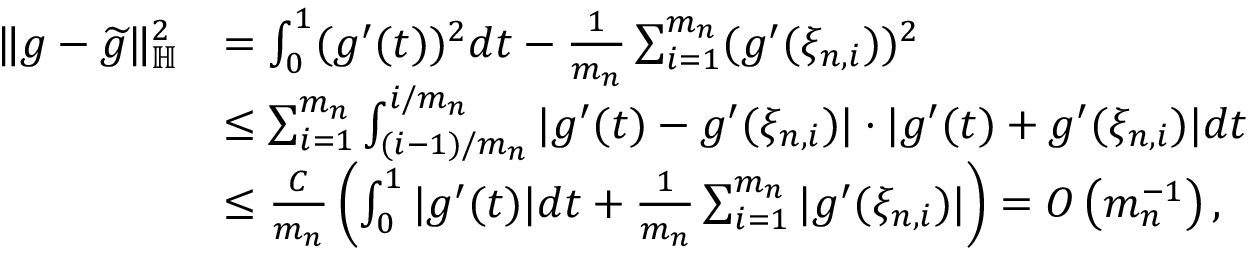
\begin{array} { r l } { \| g - \widetilde g \| _ { \mathbb H } ^ { 2 } } & { = \int _ { 0 } ^ { 1 } ( g ^ { \prime } ( t ) ) ^ { 2 } d t - \frac { 1 } { m _ { n } } \sum _ { i = 1 } ^ { m _ { n } } ( g ^ { \prime } ( \xi _ { n , i } ) ) ^ { 2 } } \\ & { \le \sum _ { i = 1 } ^ { m _ { n } } \int _ { ( i - 1 ) / m _ { n } } ^ { i / m _ { n } } | g ^ { \prime } ( t ) - g ^ { \prime } ( \xi _ { n , i } ) | \cdot | g ^ { \prime } ( t ) + g ^ { \prime } ( \xi _ { n , i } ) | d t } \\ & { \le \frac { C } { m _ { n } } \left( \int _ { 0 } ^ { 1 } | g ^ { \prime } ( t ) | d t + \frac { 1 } { m _ { n } } \sum _ { i = 1 } ^ { m _ { n } } | g ^ { \prime } ( \xi _ { n , i } ) | \right) = { \cal O } \left( m _ { n } ^ { - 1 } \right) , } \end{array}